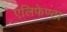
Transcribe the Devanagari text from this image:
एलिफेण्टा